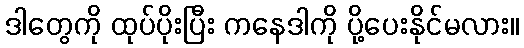
ဒါတွေကို ထုပ်ပိုးပြီး ကနေဒါကို ပို့ပေးနိုင်မလား။